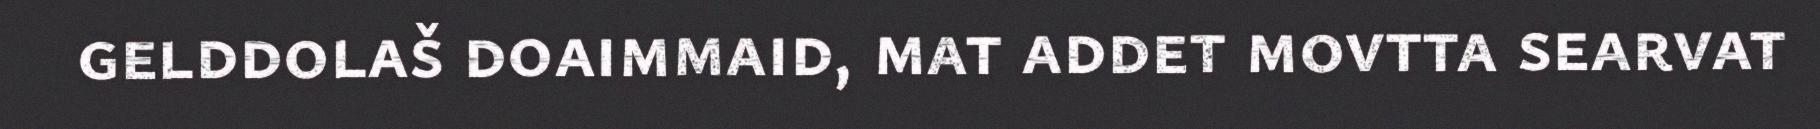
gelddolaš doaimmaid, mat addet movtta searvat